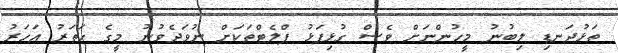
ތަޅުދަނޑި ލިބުނު މީހުންނަށް ވެސް ގުޅިފަޅު ފްލެޓްތަކަށް ނުވަދެވުނު މީގެ ހަތަރު އަހަރު